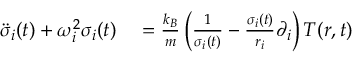
\begin{array} { r l } { \ddot { \sigma } _ { i } ( t ) + \omega _ { i } ^ { 2 } \sigma _ { i } ( t ) } & { { } = \frac { k _ { B } } { m } \left( \frac { 1 } { \sigma _ { i } ( t ) } - \frac { \sigma _ { i } ( t ) } { r _ { i } } \partial _ { i } \right) T ( \boldsymbol { r } , t ) } \end{array}